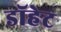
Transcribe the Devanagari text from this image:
डॉहेट